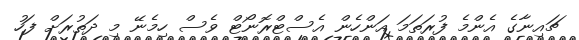
ޗައިނާގެ އެންމެ ފުރަތަމަ އަންހެން އެސްޓްރޮނޯޓް ވެސް ހިމެނޭ މި ދަތުރަށް ފަހު